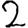
Digit: 2